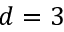
d = 3